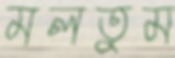
মলতুম